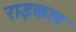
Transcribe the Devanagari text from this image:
राइकल